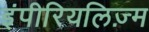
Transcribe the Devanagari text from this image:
इंपीरियलिज़्म